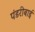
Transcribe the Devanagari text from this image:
पंडरीबाई